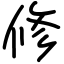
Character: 修